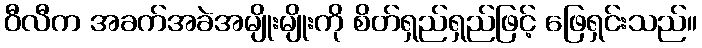
ဝီလီက အခက်အခဲအမျိုးမျိုးကို စိတ်ရှည်ရှည်ဖြင့် ဖြေရှင်းသည်။